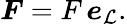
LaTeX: \boldsymbol{F}=F\, \boldsymbol{e}_{\mathcal{L}}.